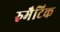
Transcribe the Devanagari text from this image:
रुमैटिक